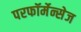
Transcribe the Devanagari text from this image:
परफॉर्मेन्सेज